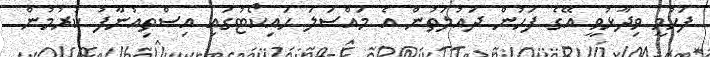
ފަހުމީ ވިދާޅުވީ އޭގެ ފަހުން ދައުލަތުން އެ މައްސަލަ ހައިކޯޓުގައި އިސްތިއުނާފު ކުރުމުން